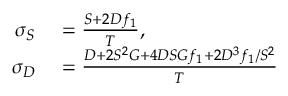
\begin{array} { r l } { \sigma _ { S } } & { { } = \frac { S + 2 D f _ { 1 } } { T } , } \\ { \sigma _ { D } } & { { } = \frac { D + 2 S ^ { 2 } G + 4 D S G f _ { 1 } + 2 D ^ { 3 } f _ { 1 } / S ^ { 2 } } { T } } \end{array}